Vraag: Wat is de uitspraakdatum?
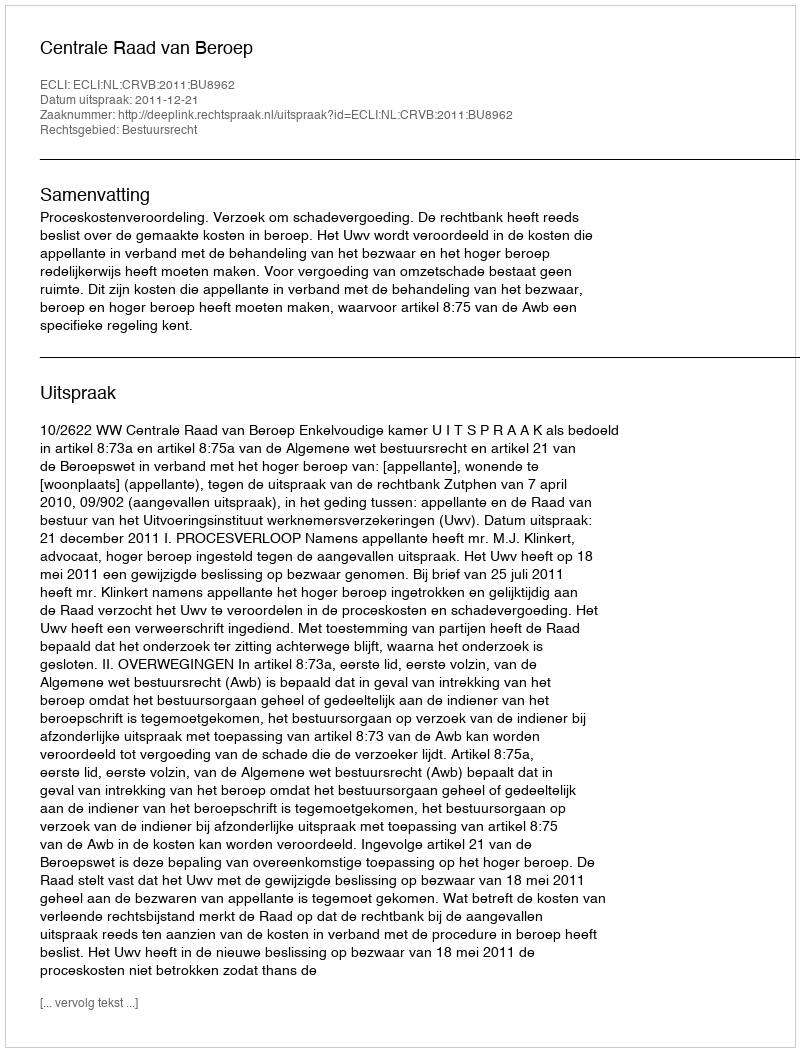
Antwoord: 2011-12-21